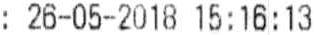
: 26-05-2018 15:16:13